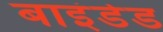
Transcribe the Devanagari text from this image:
बाइंडेड